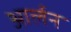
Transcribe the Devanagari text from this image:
आर्लन